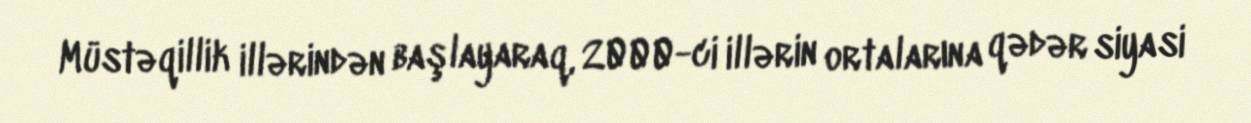
Müstəqillik illərindən başlayaraq, 2000-ci illərin ortalarına qədər siyasi